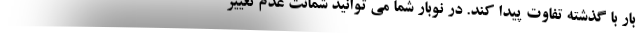
بار با گذشته تفاوت پیدا کند. در نوبار شما می توانید شمانت عدم تغییر